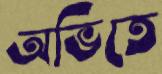
অভিতে